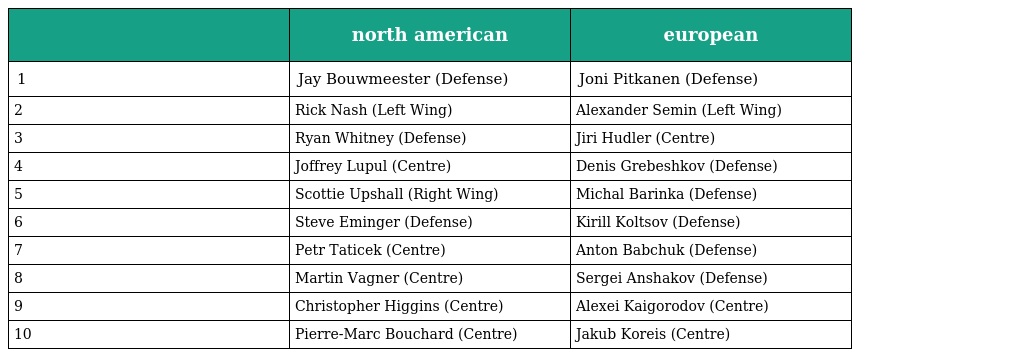
|  | north american | european |
 | --- | --- | --- |
 | 1 | Jay Bouwmeester (Defense) | Joni Pitkanen (Defense) |
 | 2 | Rick Nash (Left Wing) | Alexander Semin (Left Wing) |
 | 3 | Ryan Whitney (Defense) | Jiri Hudler (Centre) |
 | 4 | Joffrey Lupul (Centre) | Denis Grebeshkov (Defense) |
 | 5 | Scottie Upshall (Right Wing) | Michal Barinka (Defense) |
 | 6 | Steve Eminger (Defense) | Kirill Koltsov (Defense) |
 | 7 | Petr Taticek (Centre) | Anton Babchuk (Defense) |
 | 8 | Martin Vagner (Centre) | Sergei Anshakov (Defense) |
 | 9 | Christopher Higgins (Centre) | Alexei Kaigorodov (Centre) |
 | 10 | Pierre-Marc Bouchard (Centre) | Jakub Koreis (Centre) |